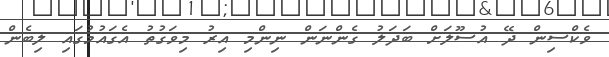
ވެކްސިން ދޭ އުސޫލަށް ބަދަލު ގެންނަން ނިންމި އިރު މިވަގުތު އެގައުމުގައި ލިބެން